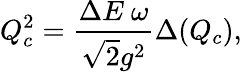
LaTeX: Q_{c}^{2}=\frac{\Delta E\mathrm{~}\omega}{\sqrt{2}g^{2}}\Delta(Q_{c}),